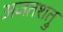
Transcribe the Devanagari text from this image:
अजतशत्रु